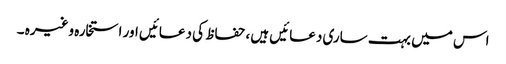
اس میں بہت ساری دعائیں ہیں ،حفاظ کی دعائیں اور استخارہ وغیرہ ۔